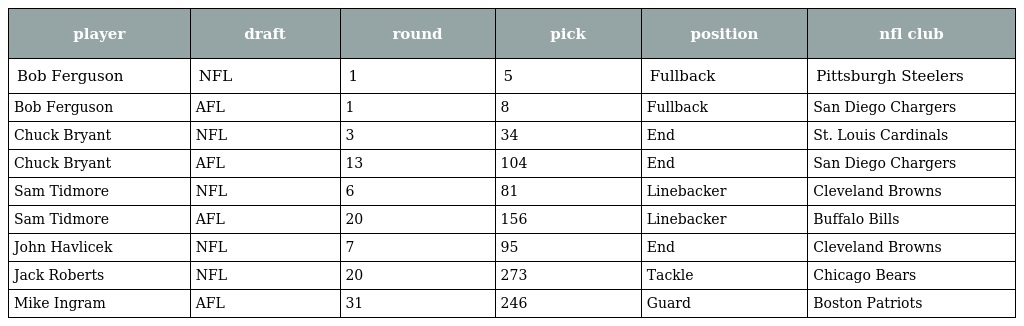
| player | draft | round | pick | position | nfl club |
 | --- | --- | --- | --- | --- | --- |
 | Bob Ferguson | NFL | 1 | 5 | Fullback | Pittsburgh Steelers |
 | Bob Ferguson | AFL | 1 | 8 | Fullback | San Diego Chargers |
 | Chuck Bryant | NFL | 3 | 34 | End | St. Louis Cardinals |
 | Chuck Bryant | AFL | 13 | 104 | End | San Diego Chargers |
 | Sam Tidmore | NFL | 6 | 81 | Linebacker | Cleveland Browns |
 | Sam Tidmore | AFL | 20 | 156 | Linebacker | Buffalo Bills |
 | John Havlicek | NFL | 7 | 95 | End | Cleveland Browns |
 | Jack Roberts | NFL | 20 | 273 | Tackle | Chicago Bears |
 | Mike Ingram | AFL | 31 | 246 | Guard | Boston Patriots |